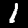
Digit: 1